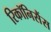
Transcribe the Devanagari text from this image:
रिकॉनिसैंस